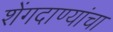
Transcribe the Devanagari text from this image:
शेंगदाण्यांचा